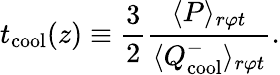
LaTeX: t_{\mathrm{cool}}(z)\equiv\frac{3}{2}\frac{\langle P\rangle_{r\varphi t}}{\langle Q_{\mathrm{cool}}^{-}\rangle_{r\varphi t}}.